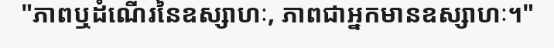
"ភាពឬដំណើរនៃឧស្សាហៈ, ភាពជាអ្នកមានឧស្សាហៈ។"